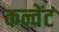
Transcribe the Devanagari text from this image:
कन्वेंट